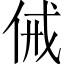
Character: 㑘